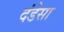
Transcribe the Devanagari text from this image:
दंडेसा